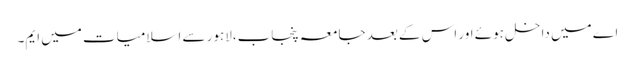
اے میں داخل ہوئے اور اس کے بعد جامعہ پنجاب،لاہور سے اسلامیات میں ایم۔